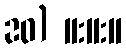
20) 11:11:11